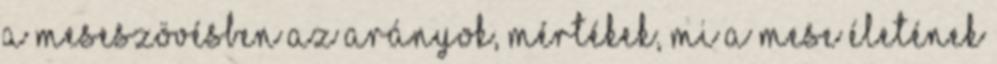
a meseszövésben az arányok, mértékek, mi a mese életének